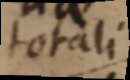
totali